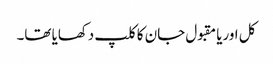
کل اوریا مقبول جان کا کلپ دکھایا تھا۔